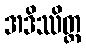
အဒိဿိတ္ထ